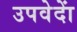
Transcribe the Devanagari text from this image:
उपवेदाें